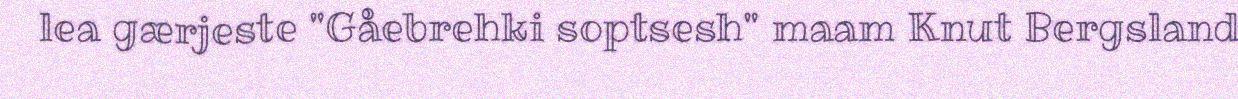
lea gærjeste "Gåebrehki soptsesh" maam Knut Bergsland